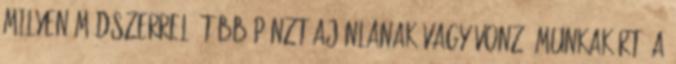
milyen módszerrel? Több pénzt ajánlanak vagy vonzó munkakört. A